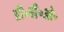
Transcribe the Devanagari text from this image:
डी॰बी॰ओ॰